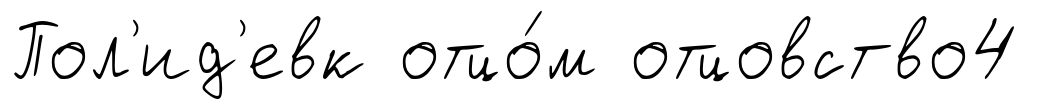
Пол'ид'евк отцо́м отцовство4